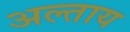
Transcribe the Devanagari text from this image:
अल्ताय